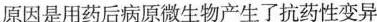
原因是用药后病原微生物产生了抗药性变异